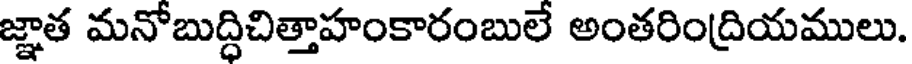
జ్ఞాత మనోబుద్ధిచిత్తాహంకారంబులే అంతరింద్రియములు.